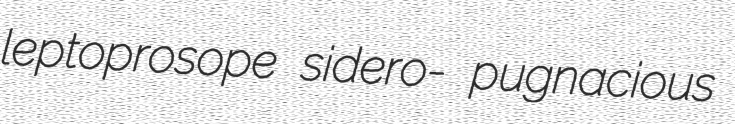
leptoprosope sidero- pugnacious